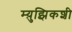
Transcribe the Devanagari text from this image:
म्य़ुझिकशी